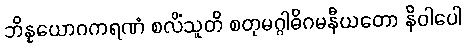
ဘိန္နယောဂကရဏံ စလိံသူတိ စတုမဂ္ဂါဓိဂမနီယတော နိဝါပေါ